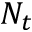
N _ { t }